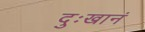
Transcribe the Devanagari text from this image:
दुःखानं